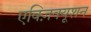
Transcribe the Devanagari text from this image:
एक्ज़िक्यूशन